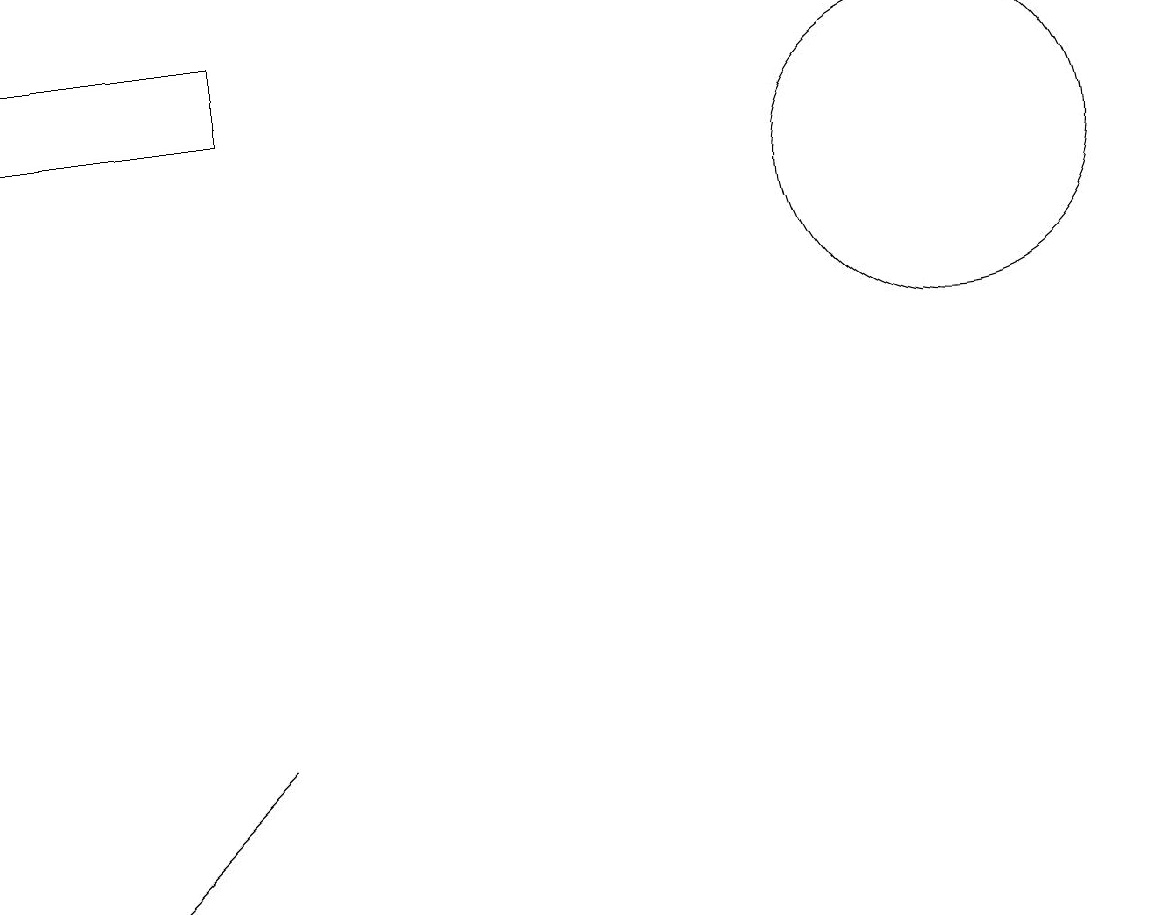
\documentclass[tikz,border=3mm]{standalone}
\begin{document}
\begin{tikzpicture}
\draw (0,12) rectangle (3,13);
\draw (1,2) -- (3,4) -- (1,2) -- cycle;
\draw (12,11) circle (2);
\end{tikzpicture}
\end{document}